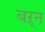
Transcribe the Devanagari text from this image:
बऱ्न